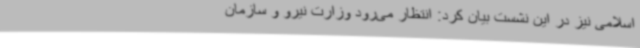
اسلامی نیز در این نشست بیان کرد: انتظار می‌رود وزارت نیرو و سازمان